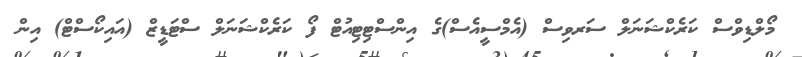
މޯލްޑިވްސް ކަރެކްޝަނަލް ސަރވިސް (އެމްސީއެސް)ގެ އިންސްޓިޓިއުޓް ފޯ ކަރެކްޝަނަލް ސްޓަޑީޒް (އައިކޯސްޓް) އިން